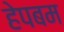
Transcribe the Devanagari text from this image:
हेपबम